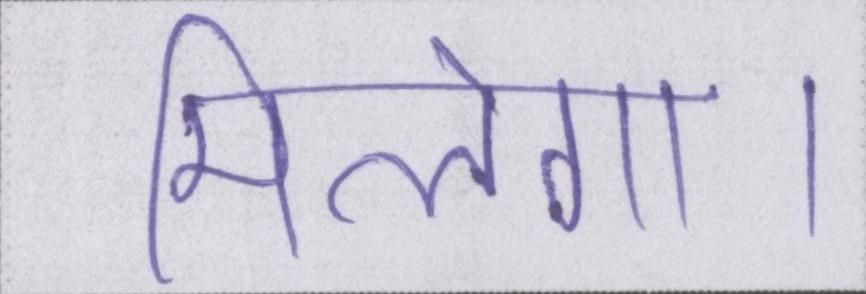
मिलेगा।